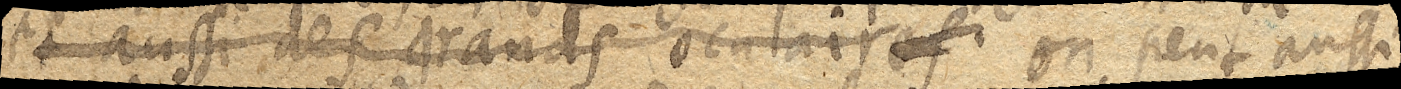
et aussi des grands oculaires on peut aussi